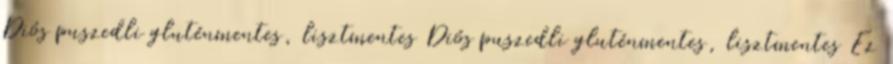
Diós puszedli gluténmentes, lisztmentes Diós puszedli gluténmentes, lisztmentes Ez